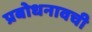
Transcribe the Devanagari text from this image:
प्रबोधनावची